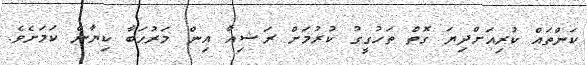
ކަންތައް ކުރިއަށްދިޔަ ގޮތް ތަހުގީގު ކުރުމަށް ރަޝިއާ އިން މަރުހަބާ ކިޔާނެ ކަމަށެވެ.